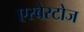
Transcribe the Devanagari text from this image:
एस्बेस्टोज